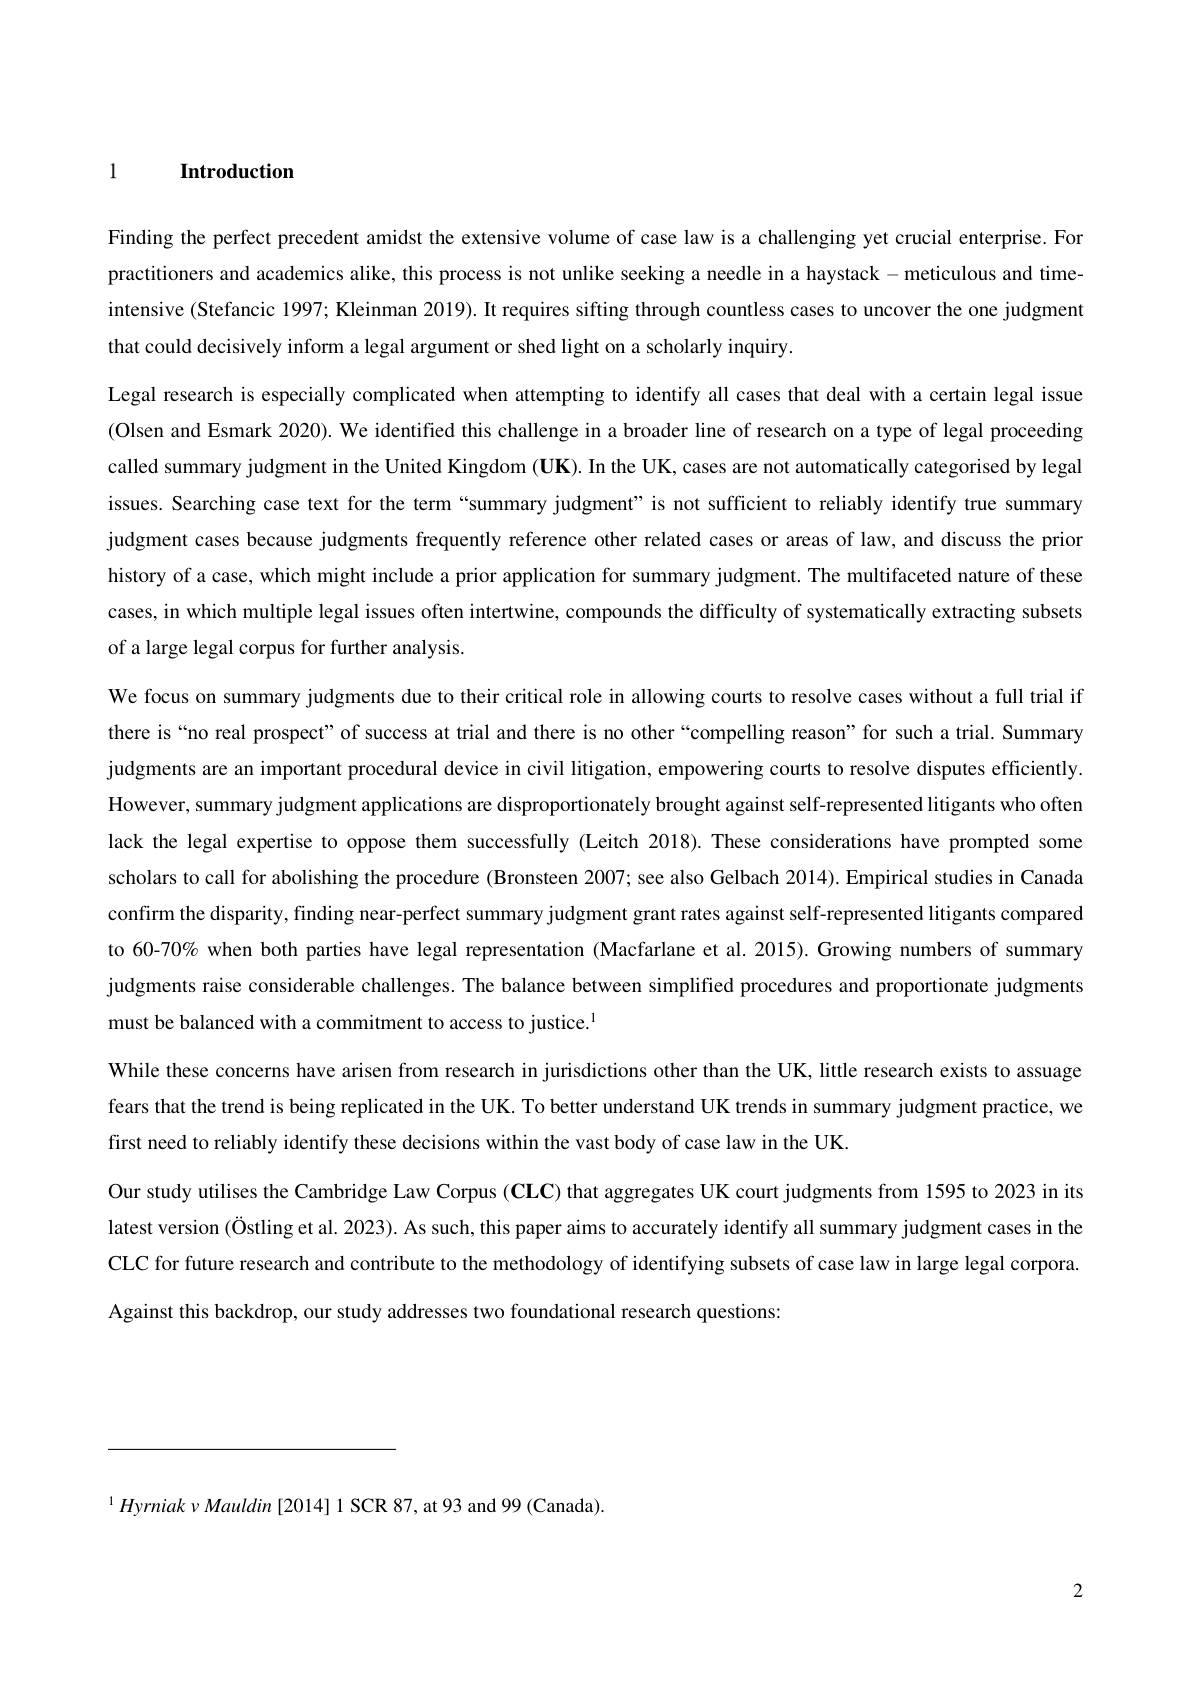
1 Introduction

Finding the perfect precedent amidst the extensive volume of case law is a challenging yet crucial enterprise. For practitioners and academics alike, this process is not unlike seeking a needle in a haystack - meticulous and timeintensive (Stefancic 1997; Kleinman 2019). It requires sifting through countless cases to uncover the one judgmen that could decisively inform a legal argument or shed light on a scholarly inquiry
Legal research is especially complicated when attempting to identify all cases that deal with a certain legal issue (Olsen and Esmark 2020). We identified this challenge in a broader line of research on a type of legal proceeding called summary judgment in the United Kingdom (UK). In the UK, cases are not automatically categorised by legal issues. Searching case text for the term“summary judgment”is not sufficient to reliably identify true summary judgment cases because judgments frequently reference other related cases or areas of law, and discuss the prior history of a case, which might include a prior application for summary judgment. The multifaceted nature of these cases, in which multiple legal issues often intertwine, compounds the difficulty of systematically extracting subsets of a large legal corpus for further analysis.
We focus on summary judgments due to their critical role in allowing courts to resolve cases without a full trial if there is“no real prospect”of success at trial and there is no other“compelling reason" for such a trial. Summary judgments are an important procedural device in civil litigation, empowering courts to resolve disputes efficiently. However, summary judgment applications are disproportionately brought against self-represented litigants who often lack the legal expertise to oppose them successfully (Leitch 2018).These considerations have prompted some scholars to call for abolishing the procedure (Bronsteen 2007; see also Gelbach 2014). Empirical studies in Canada confirm the disparity, finding near-perfect summary judgment grant rates against self-represented litigants compared to 60-70% when both parties have legal representation (Macfarlane et al. 2015). Growing numbers of summary judgments raise considerable challenges. The balance between simplified procedures and proportionate judgments must be balanced with a commitment to access to justice.$^{\mathrm{l}}$
While these concerns have arisen from research in jurisdictions other than the UK, little research exists to assuage fears that the trend is being replicated in the UK. To better understand UK trends in summary judgment practice, we first need to reliably identify these decisions within the vast body of case law in the UK.
Our study utilises the Cambridge Law Corpus ($\mathbf{CLC}$) that aggregates UK court judgments from 1595 to 2023 in its latest version (Östling et al. 2023). As such, this paper aims to accurately identify all summary judgment cases in the CLC for future research and contribute to the methodology of identifying subsets of case law in large legal corpora Against this backdrop, our study addresses two foundational research questions:

$^{1}Hyrniak$ $\nu Mauldin$ [2014] 1 SCR 87,  at 93 and 99 ( Canada)

2